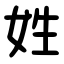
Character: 姓